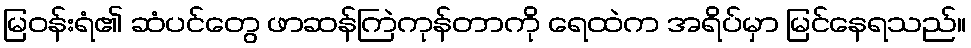
မြဝန်းရံ၏ ဆံပင်တွေ ဖာဆန်ကြဲကုန်တာကို ရေထဲက အရိပ်မှာ မြင်နေရသည်။